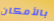
بالأمكان